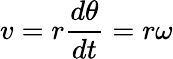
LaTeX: v=r{\frac{d\theta}{dt}}=r\omega